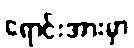
ရောင်းအားမှာ